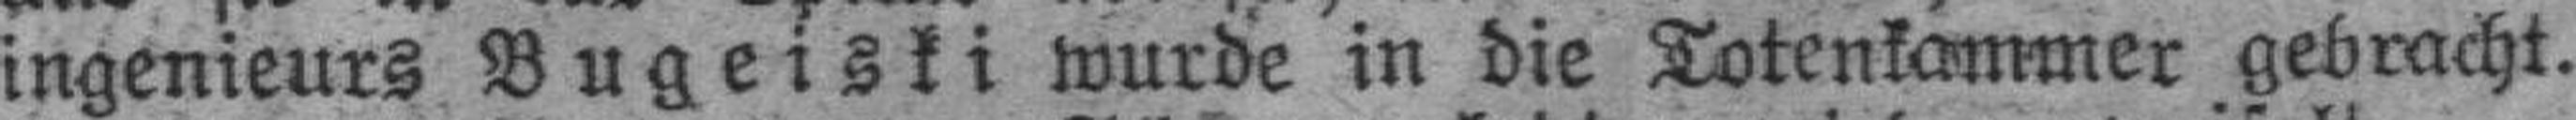
ingenieurs Bugeiski wurde in die Totenkammer gebracht.